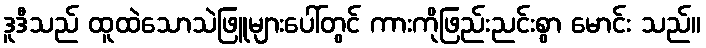
ဒူဒီသည် ထူထဲသောသဲဖြူများပေါ်တွင် ကားကိုဖြည်းညင်းစွာ မောင်း သည်။